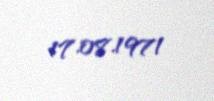
17.08.1971